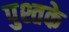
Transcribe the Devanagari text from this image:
पुश्तके